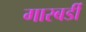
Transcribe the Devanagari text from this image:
गारबर्डी